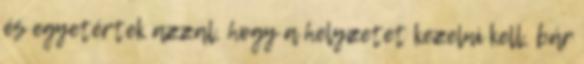
és egyetértek azzal, hogy a helyzetet kezelni kell, bár